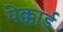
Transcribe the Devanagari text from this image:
पेक्कार्ड